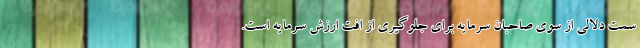
سمت دلالی از سوی صاحبان سرمایه برای جلوگیری از افت ارزش سرمایه است.